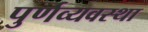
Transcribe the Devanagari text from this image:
पुर्णव्यवस्था